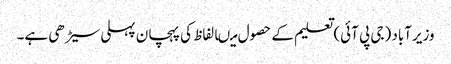
وزیرآباد (جی پی آئی) تعلیم کے حصول میںالفاظ کی پہچان پہلی سیڑھی ہے۔